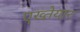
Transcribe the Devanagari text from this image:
एख्तेयार